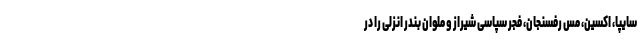
سایپا، اکسین، مس رفسنجان، فجر سپاسی شیراز و ملوان بندر انزلی را در